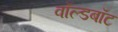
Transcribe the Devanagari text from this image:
वॉल्डबॉट